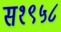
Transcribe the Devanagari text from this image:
स१९५८